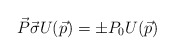
\begin{align*}\vec{P}\vec{\sigma}U(\vec{p})=\pm P_{0}U(\vec{p})\end{align*}